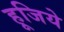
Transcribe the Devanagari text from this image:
हूजिये